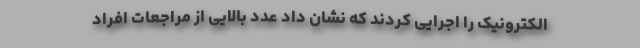
الکترونیک را اجرایی کردند که نشان داد عدد بالایی از مراجعات افراد